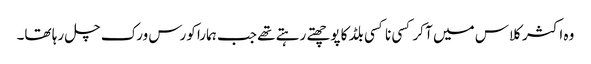
وہ اکثر کلاس میں آ کر کسی نا کسی بلڈ کا پوچھتے رہتے تھے جب ہمارا کورس ورک چل رہا تھا۔